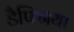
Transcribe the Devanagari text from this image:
डैफ्निया